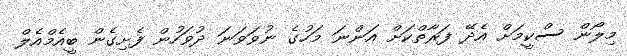
މިލޯން ސްކީމަށް އެދޭ ފަރާތްކަށް އަންނަ މަހުގެ ނުވަވަނަ ދުވަހުން ފެށިގެން ބީއެމްއެލް